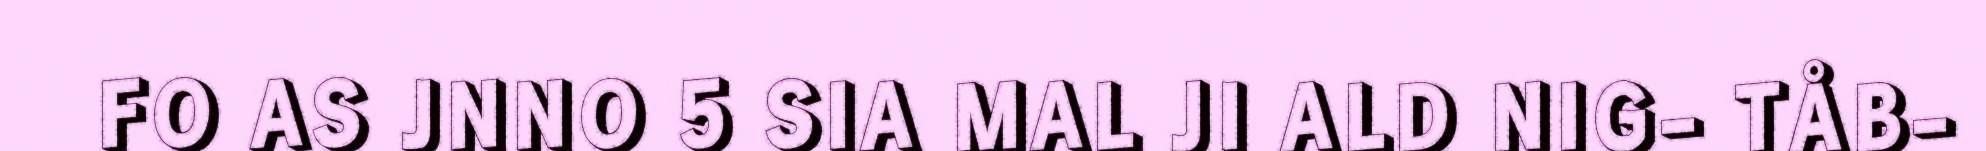
FO AS JNNO 5 SIA MAL JI ALD NIG- TÅB-